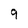
Character: 9